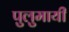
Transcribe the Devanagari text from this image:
पुलुमायी